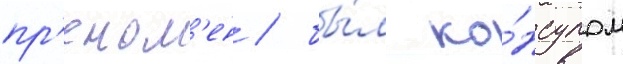
пр'еном'ен / бы́л ко́нсулом